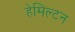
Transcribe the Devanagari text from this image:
हेमिल्‍टन